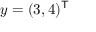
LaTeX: y = ( 3 , 4 ) ^ { \mathsf { T } }